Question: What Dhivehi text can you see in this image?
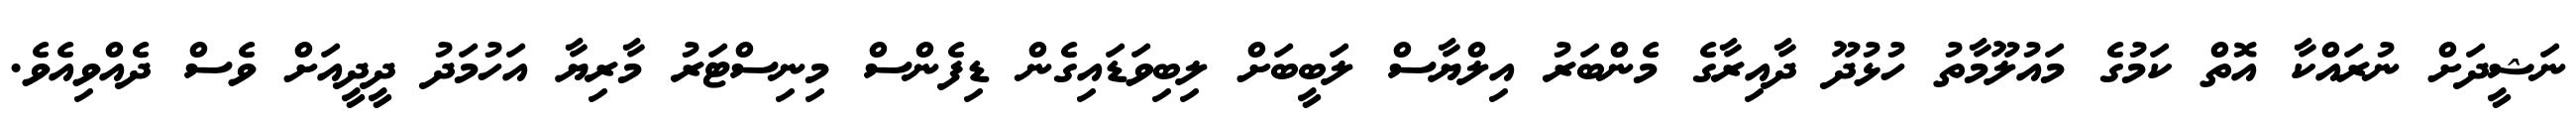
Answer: ނަޝީދަށް ނުރައްކާ އޮތް ކަމުގެ މައުލޫމާތު ހުޅުދޫ ދާއިރާގެ މެންބަރު އިލްޔާސް ލަބީބަށް ލިބިވަޑައިގެން ޑިފެންސް މިނިސްޓަރު މާރިޔާ އަހުމަދު ދީދީއަށް ވެސް ދެއްވިއެވެ.